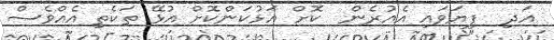
އަދި  ފިޔަވައި އެއުރެން  ކޮށް އަޅުކަންކޮށް އުޅޭ ތަކެތި އެއްވެސް